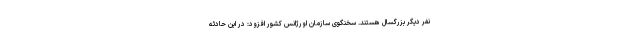
نفر دیگر بزرگسال هستند. سخنگوی سازمان اورژانس کشور افزود: در این حادثه